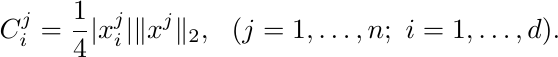
\begin{align*}
C_i^j = \frac14 |x_i^j| \|x^j\|_2, ~~ (j=1,\dots,n; ~ i = 1, \dots, d).
\end{align*}